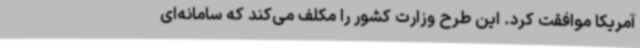
آمریکا موافقت کرد. این طرح وزارت کشور را مکلف می‌کند که سامانه‌ای